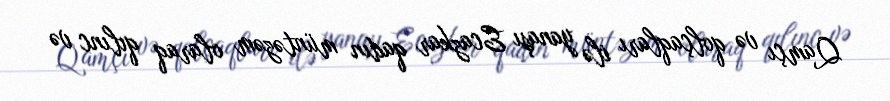
Qamçı və qolçaqları ilə yanaşı Ecazkar qadın müntəzəm olaraq qılınc və